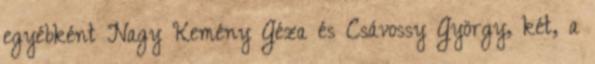
egyébként Nagy Kemény Géza és Csávossy György, két, a